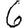
Digit: 6